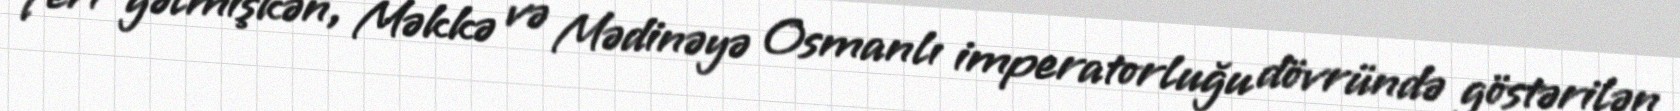
Yeri gəlmişkən, Məkkə və Mədinəyə Osmanlı imperatorluğu dövründə göstərilən